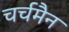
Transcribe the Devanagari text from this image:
चर्चमैन